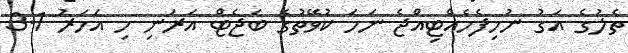
ތެލުގެ އަގު ނުހިފެހެއްޓިއްޖެ ނަމަ ކުވޭތުގެ ބަޖެޓް އަރަނި މި އަހަރު 3.1